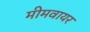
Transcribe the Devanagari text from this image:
मीमवायर